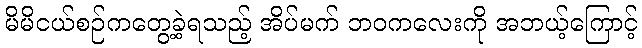
မိမိငယ်စဉ်ကတွေ့ခဲ့ရသည့် အိပ်မက် ဘဝကလေးကို အဘယ့်ကြောင့်